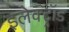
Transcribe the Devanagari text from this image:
इलेक्ट्रॉड